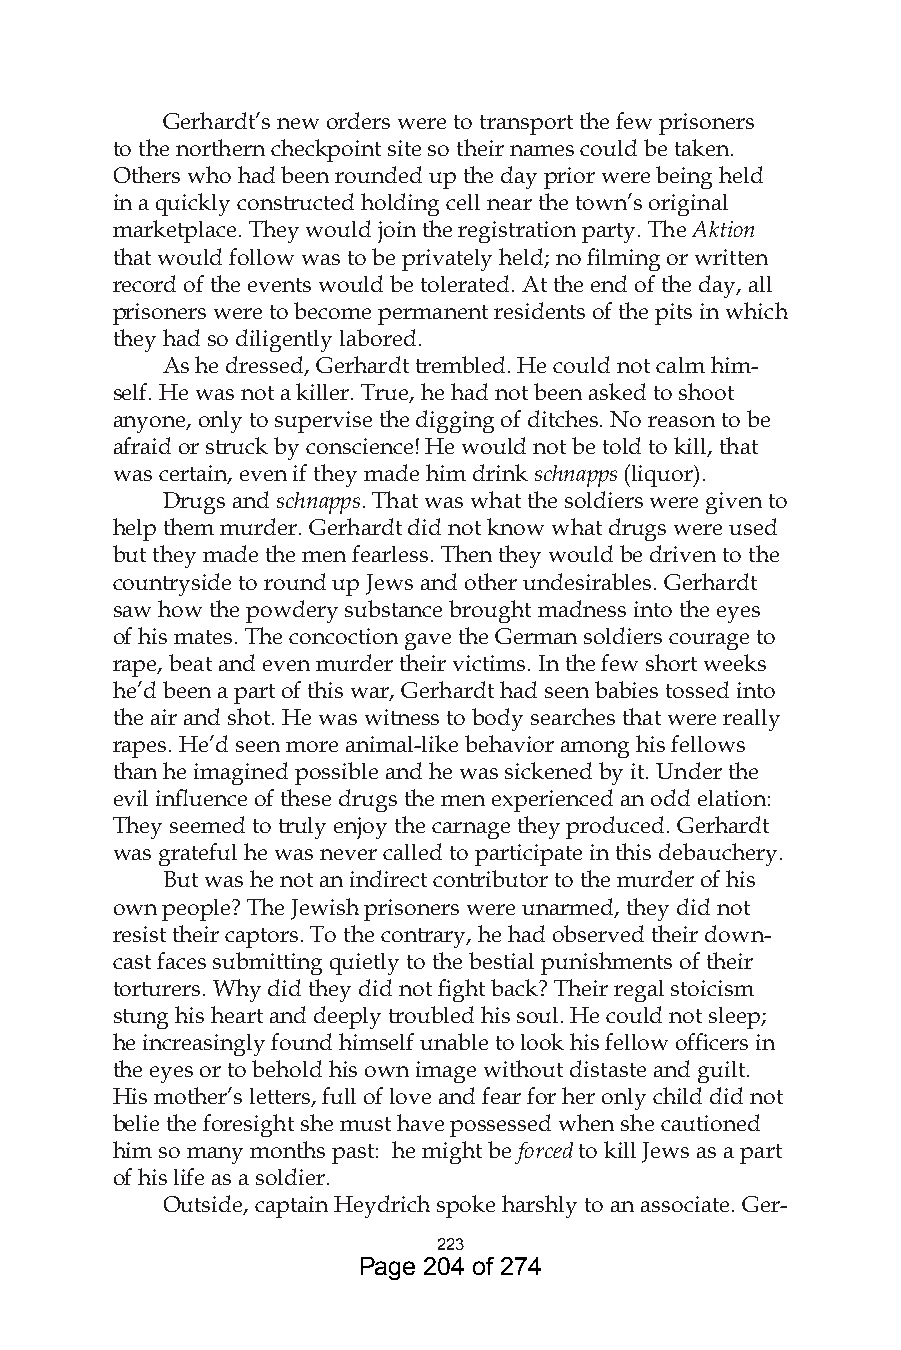
Gerhardt’s new orders were to transport the few prisoners
 to the northern checkpoint site so their names could be taken.
 Others who had been rounded up the day prior were being held
 in a quickly constructed holding cell near the town’s original
 marketplace. They would join the registration party. The Aktion
 that would follow was to be privately held; no filming or written
 record of the events would be tolerated. At the end of the day, all
 prisoners were to become permanent residents of the pits in which
 they had so diligently labored.
 As he dressed, Gerhardt trembled. He could not calm him-
 self. He was not a killer. True, he had not been asked to shoot
 anyone, only to supervise the digging of ditches. No reason to be
 afraid or struck by conscience! He would not be told to kill, that
 was certain, even if they made him drink schnapps (liquor).
 Drugs and schnapps. That was what the soldiers were given to
 help them murder. Gerhardt did not know what drugs were used
 but they made the men fearless. Then they would be driven to the
 countryside to round up Jews and other undesirables. Gerhardt
 saw how the powdery substance brought madness into the eyes
 of his mates. The concoction gave the German soldiers courage to
 rape, beat and even murder their victims. In the few short weeks
 he’d been a part of this war, Gerhardt had seen babies tossed into
 the air and shot. He was witness to body searches that were really
 rapes. He’d seen more animal-like behavior among his fellows
 than he imagined possible and he was sickened by it. Under the
 evil influence of these drugs the men experienced an odd elation:
 They seemed to truly enjoy the carnage they produced. Gerhardt
 was grateful he was never called to participate in this debauchery.
 But was he not an indirect contributor to the murder of his
 own people? The Jewish prisoners were unarmed, they did not
 resist their captors. To the contrary, he had observed their down-
 cast faces submitting quietly to the bestial punishments of their
 torturers. Why did they did not fight back? Their regal stoicism
 stung his heart and deeply troubled his soul. He could not sleep;
 he increasingly found himself unable to look his fellow officers in
 the eyes or to behold his own image without distaste and guilt.
 His mother’s letters, full of love and fear for her only child did not
 belie the foresight she must have possessed when she cautioned
 him so many months past: he might be forced to kill Jews as a part
 of his life as a soldier.
 Outside, captain Heydrich spoke harshly to an associate. Ger-
 
 Page 204 of 274